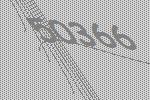
50366